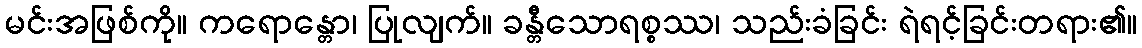
မင်းအဖြစ်ကို။ ကရောန္တော၊ ပြုလျက်။ ခန္တီသောရစ္စဿ၊ သည်းခံခြင်း ရဲရင့်ခြင်းတရား၏။